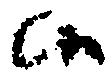
候